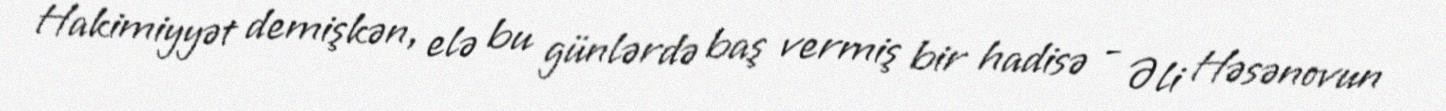
Hakimiyyət demişkən, elə bu günlərdə baş vermiş bir hadisə - Əli Həsənovun